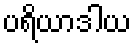
ပရိယာဒါယ